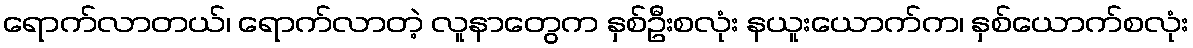
ရောက်လာတယ်၊ ရောက်လာတဲ့ လူနာတွေက နှစ်ဦးစလုံး နယူးယောက်က၊ နှစ်ယောက်စလုံး